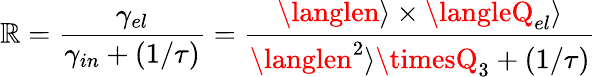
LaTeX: \mathbb{R}=\frac{{\gamma_{el}}}{{\gamma_{in}+(1/\tau)}}=\frac{{\langlen\rangle\times\langleQ_{el}\rangle}}{{\langlen^{2}\rangle\timesQ_{3}+(1/\tau)}}